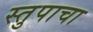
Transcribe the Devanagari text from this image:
स्तुपाचा